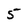
Character: 5